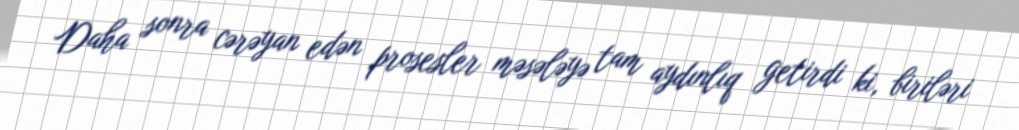
Daha sonra cərəyan edən prosesler məsələyə tam aydınlıq getirdi ki, biriləri